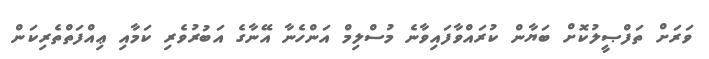
ވަރަށް ތަފްޞީލުކޮށް ބަޔާން ކުރައްވާފައިވާނެ މުސްލިމް އަންހެނާ އޭނާގެ އަބުރުވެރި ކަމާއި ޢިއްފަތްތެރިކަން